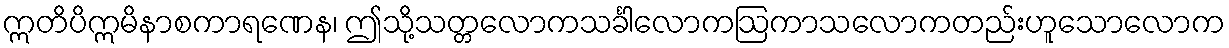
ဣတိပိဣမိနာစကာရဏေန၊ ဤသို့သတ္တလောကသင်္ခါလောကဩကာသလောကတည်းဟူသောလောက